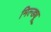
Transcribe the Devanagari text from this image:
मिल्ड्यू